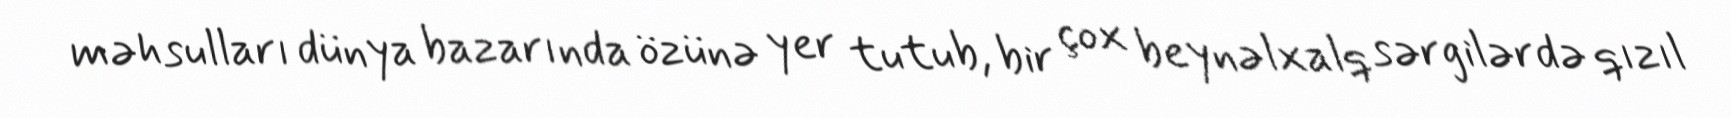
məhsulları dünya bazarında özünə yer tutub, bir çox beynəlxalq sərgilərdə qızıl